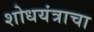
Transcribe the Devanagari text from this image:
शोधयंत्राचा